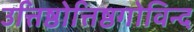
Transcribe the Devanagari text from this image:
उत्तिष्ठोत्तिष्ठगोविन्द